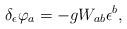
LaTeX: \begin{align*}\delta _{\epsilon }\varphi _{a}=-gW_{ab}\epsilon ^{b}, \end{align*}